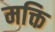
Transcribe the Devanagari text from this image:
मक्ति